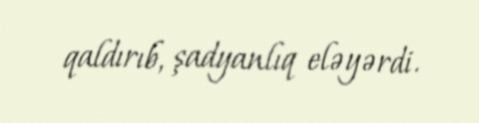
qaldırıb, şadyanlıq eləyərdi.